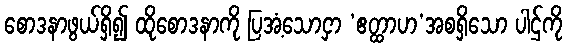
စောဒနာဖွယ်ရှိ၍ ထိုစောဒနာကို ပြအံ့သောငှာ ‘ဧတ္ထာဟ’အစရှိသော ပါဌ်ကို